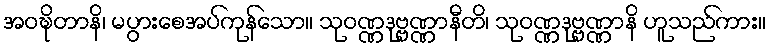
အဝဍ္ဎိတာနိ၊ မပွားစေအပ်ကုန်သော။ သုဝဏ္ဏဒုဗ္ဗဏ္ဏာနီတိ၊ သုဝဏ္ဏဒုဗ္ဗဏ္ဏာနိ ဟူသည်ကား။